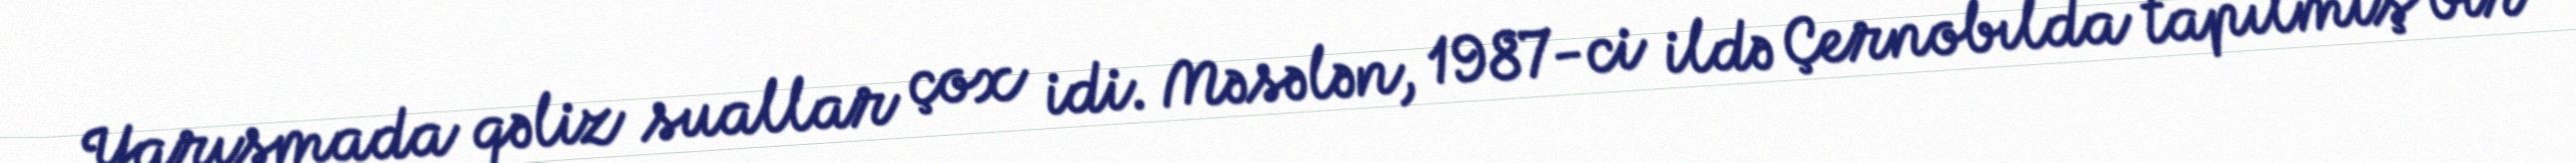
Yarışmada qəliz suallar çox idi. Məsələn, 1987-ci ildə Çernobılda tapılmış bir